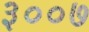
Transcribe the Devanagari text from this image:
३००७